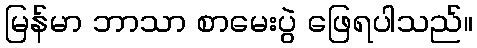
မြန်မာ ဘာသာ စာမေးပွဲ ဖြေရပါသည်။